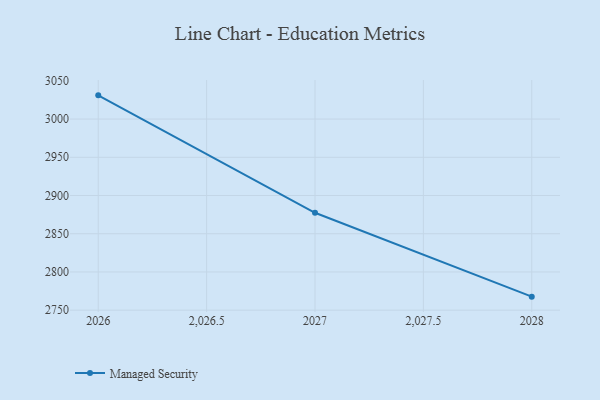
{"axis": {"x": "Year", "y": "Churn Rate (%)"}, "legend": ["Managed Security"], "data": [{"x": "2028", "y": 2767.7, "type": "Managed Security"}, {"x": "2027", "y": 2877.4, "type": "Managed Security"}, {"x": "2026", "y": 3031.0, "type": "Managed Security"}]}